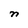
Character: n